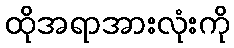
ထိုအရာအားလုံးကို